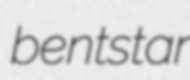
bentstar